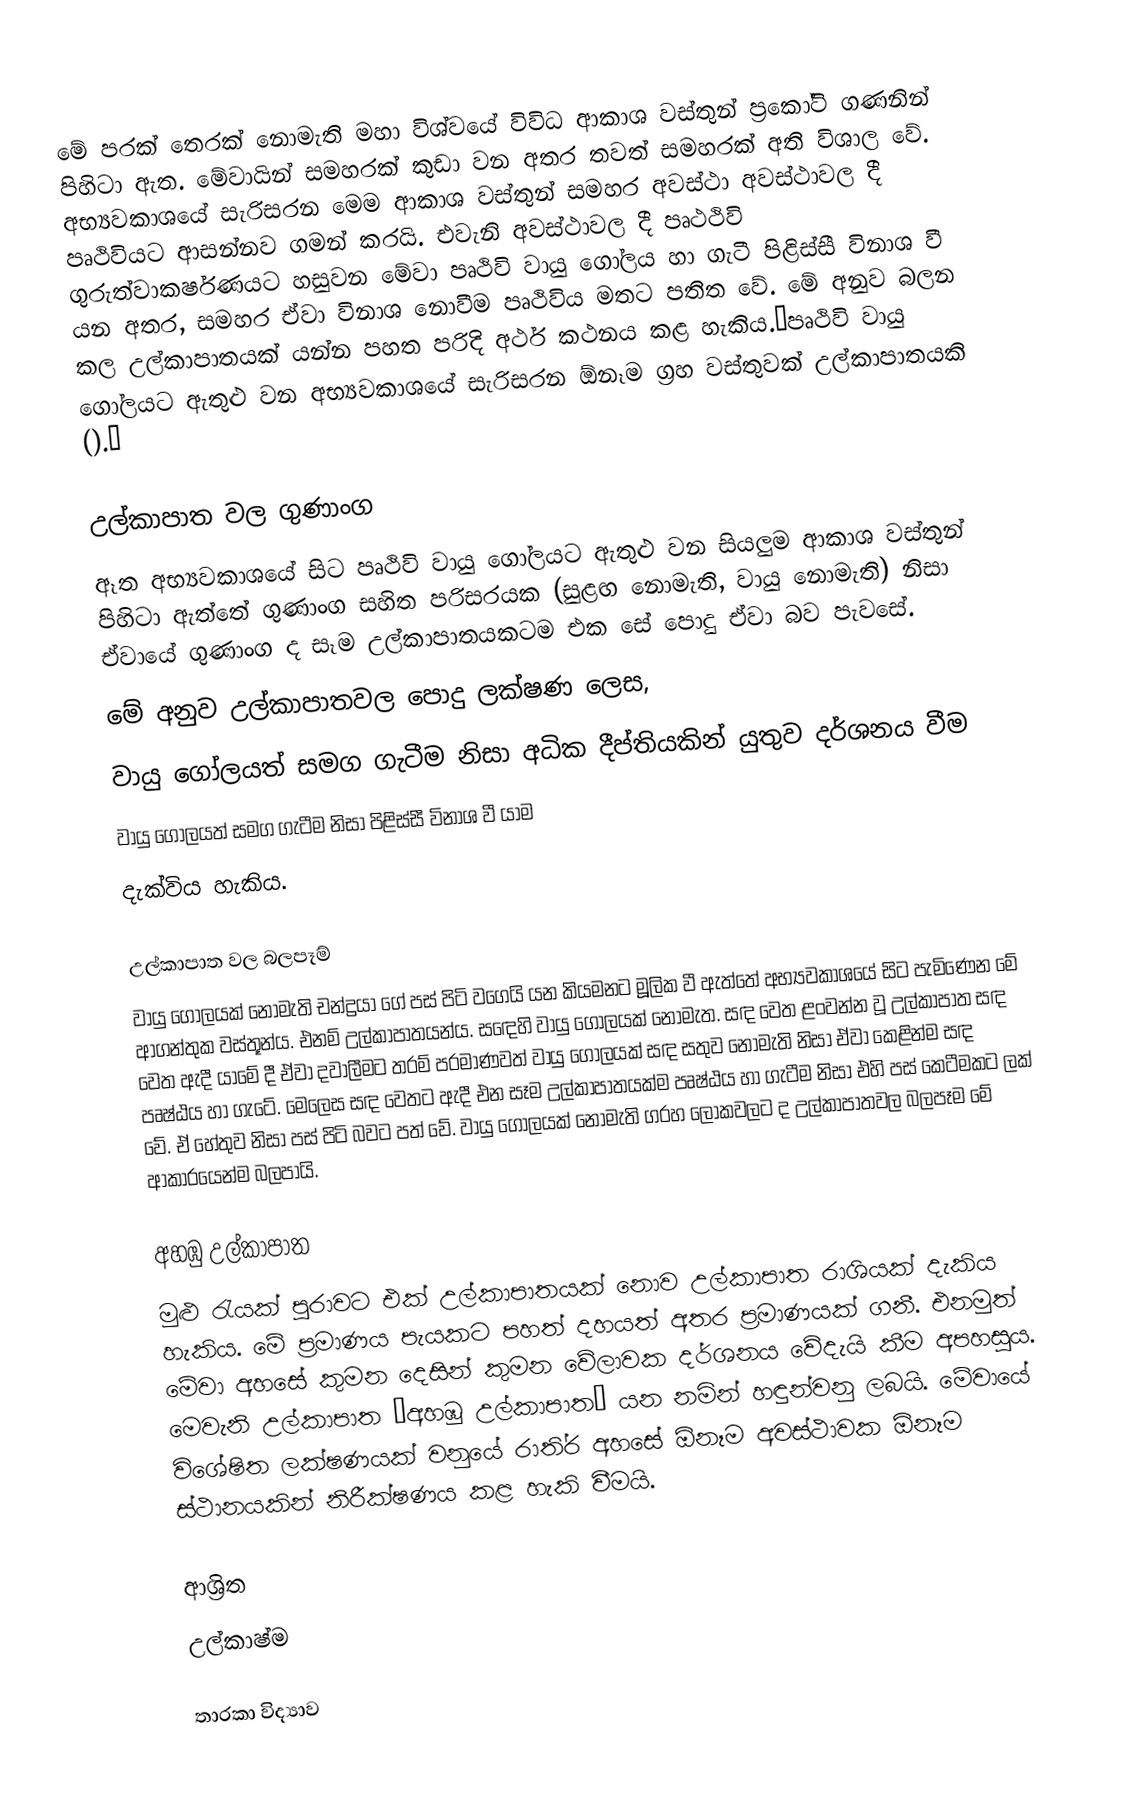
මේ පරක් තෙරක් නොමැති මහා විශ්වයේ විවිධ ආකාශ වස්තුන් ප‍්‍රකෝටි ගණනින් පිහිටා ඇත. මේවායින් සමහරක් කුඩා වන අතර තවත් සමහරක් අති විශාල වේ. අභ්‍යවකාශයේ සැරිසරන මෙම ආකාශ වස්තුන් සමහර අවස්ථා අවස්ථාවල දී පෘථිවියට ආසන්නව ගමන් කරයි. එවැනි අවස්ථාවල දී පෘථථිවි ගුරුත්වාකර්ෂණයට හසුවන මේවා පෘථිවි වායු ගෝලය හා ගැටී පිළිස්සී විනාශ වී යන අතර, සමහර ඒවා විනාශ නොවීම පෘථිවිය මතට පතිත වේ. මේ අනුව බලන කල උල්කාපාතයක් යන්න පහත පරිදි අර්ථ කථනය කළ හැකිය.“පෘථිවි වායු ගෝලයට ඇතුළු වන අභ්‍යවකාශයේ සැරිසරන ඕනෑම ග‍්‍රහ වස්තුවක් උල්කාපාතයකි ().”

උල්කාපාත වල ගුණාංග
ඈත අභ්‍යවකාශයේ සිට පෘථිවි වායු ගෝලයට ඇතුළු වන සියලුම ආකාශ වස්තුන් පිහිටා ඇත්තේ ගුණාංග සහිත පරිසරයක (සුළඟ නොමැති, වායු නොමැති) නිසා ඒවායේ ගුණාංග ද සෑම උල්කාපාතයකටම එක සේ පොදු ඒවා බව පැවසේ.
මේ අනුව උල්කාපාතවල පොදු ලක්ෂණ ලෙස,
වායු ගෝලයත් සමග ගැටීම නිසා අධික දීප්තියකින් යුතුව දර්ශනය වීම
වායු ගෝලයත් සමග ගැටීම නිසා පිළිස්සී විනාශ වී යාම
දැක්විය හැකිය.

උල්කාපාත වල බලපෑම්
වායු ගෝලයක් නොමැති චන්ද්‍රයා ගේ පස් පිටි වගෙයි යන කියමනට මූූලික වී ඇත්තේ අභ්‍යවකාශයේ සිට පැමිණෙන මේ ආගන්තුක වස්තූන්ය. එනම් උල්කාපාතයන්ය. සඳෙහි වායු ගෝලයක් නොමැත. සඳ වෙත ළංවන්න වූ උල්කාපාත සඳ වෙත ඇදී යාමේ දී ඒවා දවාලීමට තරම් ප‍්‍රමාණවත් වායු ගෝලයක් සඳ සතුව නොමැති නිසා ඒවා කෙළින්ම සඳ පෘෂ්ඨය හා ගැටේ. මෙලෙස සඳ වෙතට ඇදී එන සෑම උල්කාපාතයක්ම පෘෂ්ඨය හා ගැටීම නිසා එහි පස් කෙටීමකට ලක් වේ. ඒ හේතුව නිසා පස් පිටි බවට පත් වේ. වායු ගෝලයක් නොමැති ග‍්‍රහ ලෝකවලට ද උල්කාපාතවල බලපෑම මේ ආකාරයෙන්ම බලපායි.

අහඹු උල්කාපාත
මුළු රැයක් පුරාවට එක් උල්කාපාතයක් නොව උල්කාපාත රාශියක් දැකිය හැකිය. මේ ප‍්‍රමාණය පැයකට පහත් දහයත් අතර ප‍්‍රමාණයක් ගනී. එනමුත් මේවා අහසේ කුමන දෙසින් කුමන වේලාවක දර්ශනය වේදැයි කීම අපහසුය. මෙවැනි උල්කාපාත “අහඹු උල්කාපාත” යන නමින් හඳුන්වනු ලබයි. මේවායේ විශේෂිත ලක්ෂණයක් වනුයේ රාති‍්‍ර අහසේ ඕනෑම අවස්ථාවක ඕනෑම ස්ථානයකින් නිරීක්ෂණය කළ හැකි වීමයි.

ආශ්‍රිත
 උල්කාෂ්ම

තාරකා විද්‍යාව